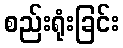
စည်းရုံးခြင်း